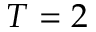
T = 2